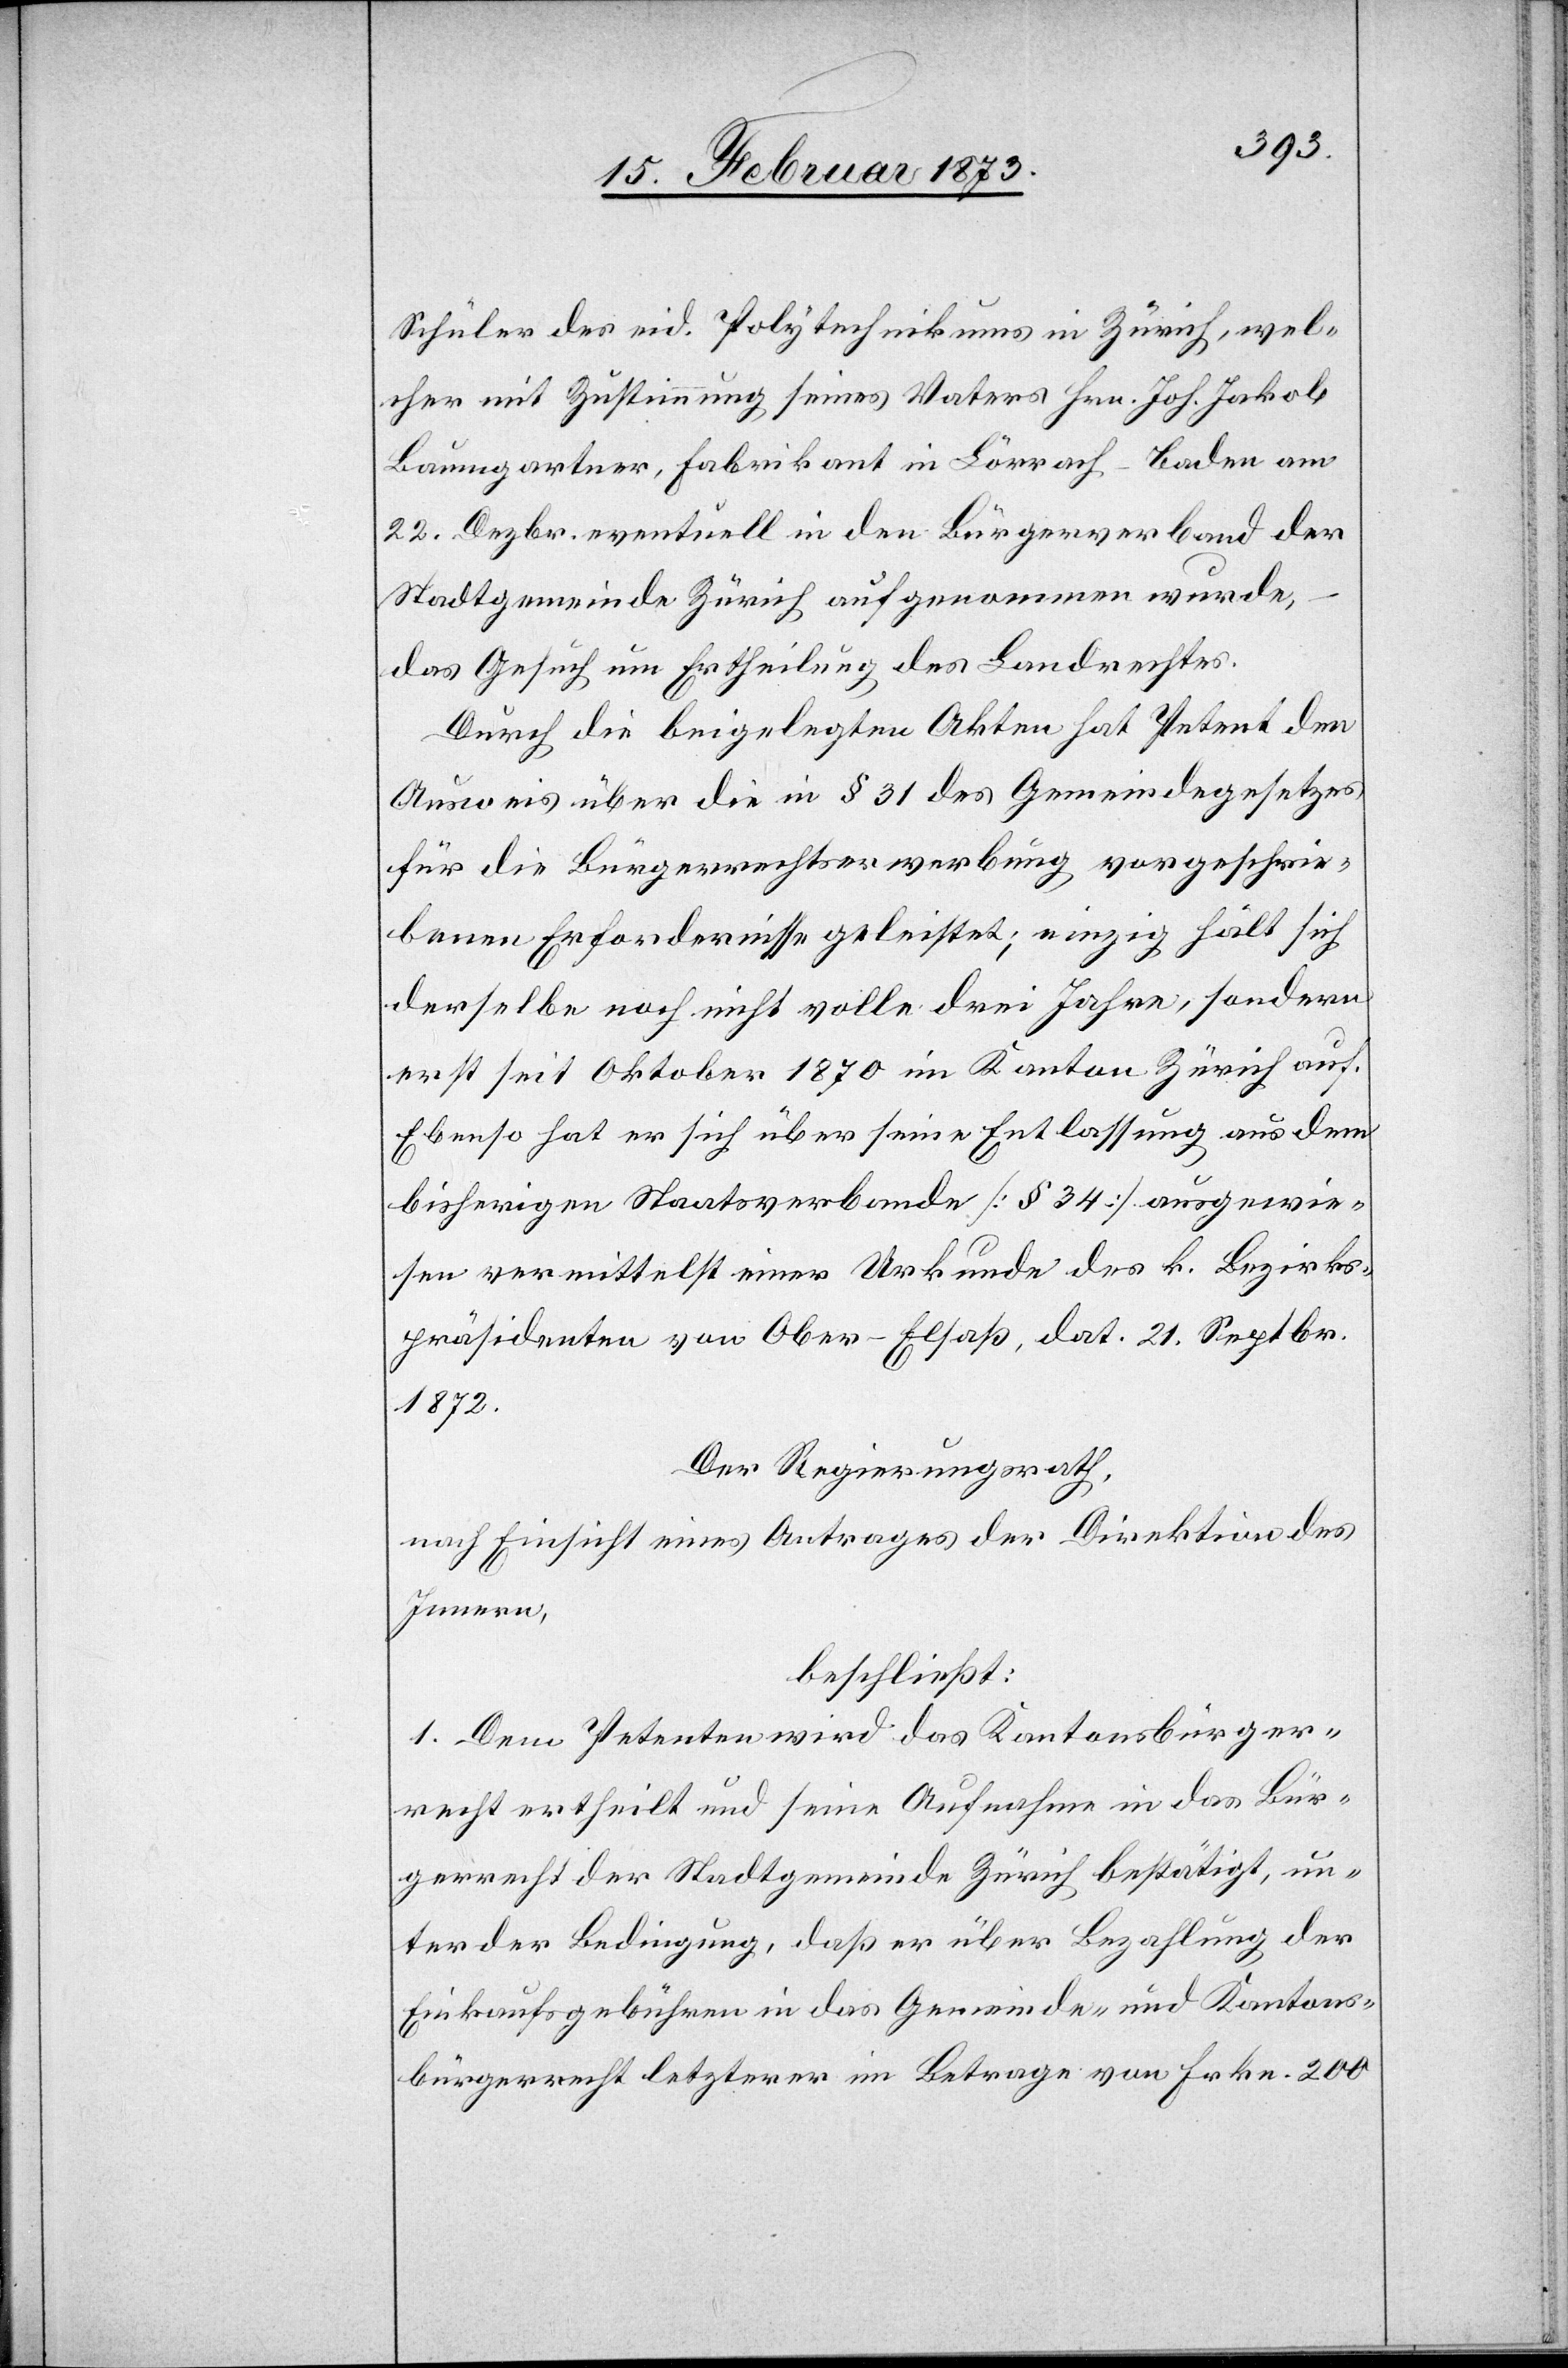
Schüler des eid. Polytechnikums in Zürich, wel¬
cher mit Zustimmung seines Vaters Hrn. Joh. Jakob
Baumgartner, Fabrikant in Lörrach-Baden am
22. Dezbr. eventuell in den Bürgerverband der
Stadtgemeinde Zürich aufgenommen wurde,
das Gesuch um Ertheilung des Landrechtes.
Durch die beigelegten Akten hat Petent den
Ausweis über die in § 31 des Gemeindegesetzes
für die Bürgerrechtserwerbung vorgeschrie¬
benen Erfordernisse geleistet, einzig hält sich
derselbe noch nicht volle drei Jahre, sondern
erst seit Oktober 1870 im Kanton Zürich auf.
Ebenso hat er sich über seine Entlassung aus dem
bisherigen Staatsverbande [§ 34] ausgewie¬
sen vermittelst einer Urkunde des k. Bezirks¬
präsidenten von Ober-Elsaß, dat. 21. Septbr.
1872.
Der Regierungsrath,
nach Einsicht eines Antrages der Direktion des
Innern,
beschließt:
1. Dem Petenten wird das Kantonsbürger¬
recht ertheilt und seine Aufnahme in das Bür¬
gerrecht der Stadtgemeinde Zürich bestätigt, un¬
ter der Bedingung, daß er über Bezahlung der
Einkaufsgebühren in das Gemeinde- und Kantons¬
bürgerrecht letzterer im Betrage von Frkn. 200